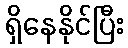
ရှိနေနိုင်ပြီး